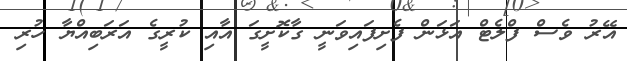
އޭރު ވެސް ފްލެޓް އަޅަން ފެށިފައިވަނީ ގާކޮށީގަ އާއި ކުރީގެ އަރަބިއްޔާ ހުރި